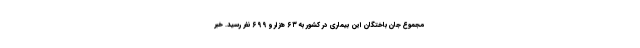
مجموع جان باختگان این بیماری در کشور به ۶۳ هزار و ۶۹۹ نفر رسید. خبر